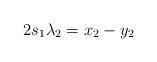
LaTeX: \begin{align*}\begin{aligned}2&s_1 \lambda_2 = x_2 - y_2 \\\end{aligned}\end{align*}